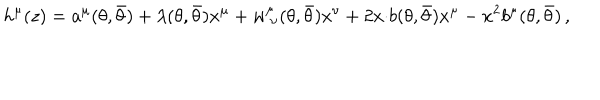
h ^ { \mu } ( z ) = a ^ { \mu } ( \theta , \bar { \theta } ) + \lambda ( \theta , \bar { \theta } ) x ^ { \mu } + w _ { ~ \nu } ^ { \mu } ( \theta , \bar { \theta } ) x ^ { \nu } + 2 x { \cdot b } ( \theta , \bar { \theta } ) x ^ { \mu } - x ^ { 2 } b ^ { \mu } ( \theta , \bar { \theta } ) \, ,